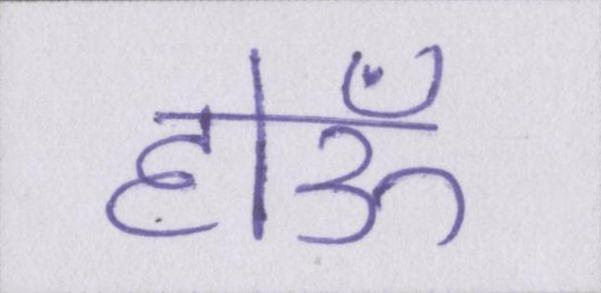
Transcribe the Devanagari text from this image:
होऊँ